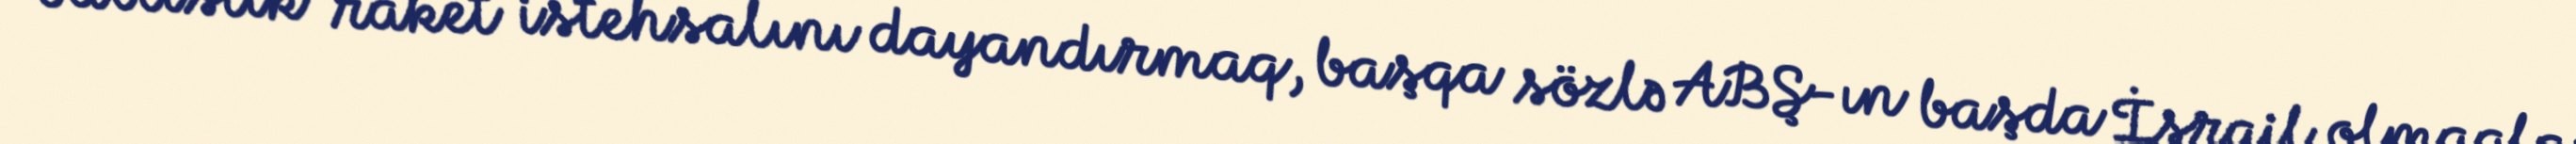
ballistik raket istehsalını dayandırmaq, başqa sözlə ABŞ-ın başda İsrail olmaqla